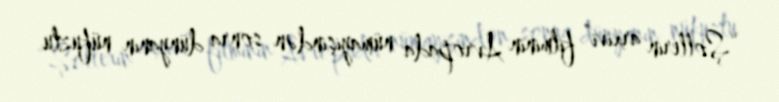
“Şollerin arxivi” filminin Avropada nümayişindən sonra dünyanın nüfuzlu